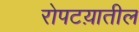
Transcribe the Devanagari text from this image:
रोपटय़ातील